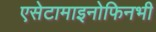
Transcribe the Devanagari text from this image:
एसेटामाइनोफिनभी